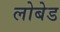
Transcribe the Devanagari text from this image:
लोबेड